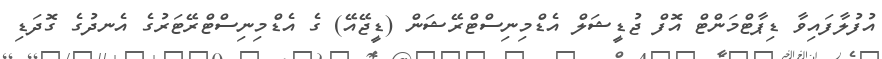
އުފުލާފައިވާ ޑިޕާޓްމަންޓް އޮފް ޖުޑީޝަލް އެޑްމިނިސްޓްރޭޝަން (ޑީޖޭއޭ) ގެ އެޑްމިނިސްޓްރޭޓަރުގެ އެނދުގެ ގޮދަޑި